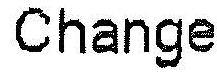
CHANGE